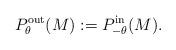
LaTeX: \begin{align*} P_{\theta}^{\mathrm{out}}(M):= P_{-\theta}^{\mathrm{in}}(M). \end{align*}